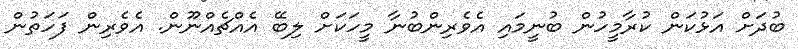
ބުދަށް އަޅުކަން ކުރާމީހުން ބުނީމައި އެވެރިންބުނާ މީހަކަށް ލިބޭ އެއްޗެއްނޫން. އެވެރިން ފަހަތުން